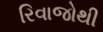
રિવાજોથી